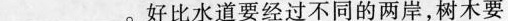
__。好比水道要经过不同的两岸，树木要